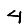
Digit: 4